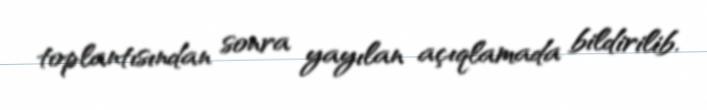
toplantısından sonra yayılan açıqlamada bildirilib.